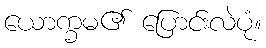
ယောက္ခမ၏ ပြောင်းလဲပုံ။